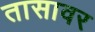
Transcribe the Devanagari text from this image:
तासावर